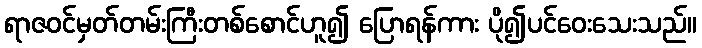
ရာဇဝင်မှတ်တမ်းကြီးတစ်စောင်ဟူ၍ ပြောရန်ကား ပို၍ပင်ဝေးသေးသည်။